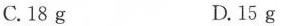
C.18g D.15g